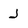
Character: J